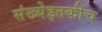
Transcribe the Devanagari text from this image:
संख्येइतकीच